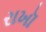
રાખૉ